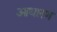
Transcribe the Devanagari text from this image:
आधारण